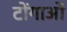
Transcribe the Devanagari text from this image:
टोंगाओं